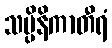
သပ္ပိနိကာတီရံ